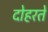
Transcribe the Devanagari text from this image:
दोहरते